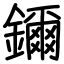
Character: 鑈